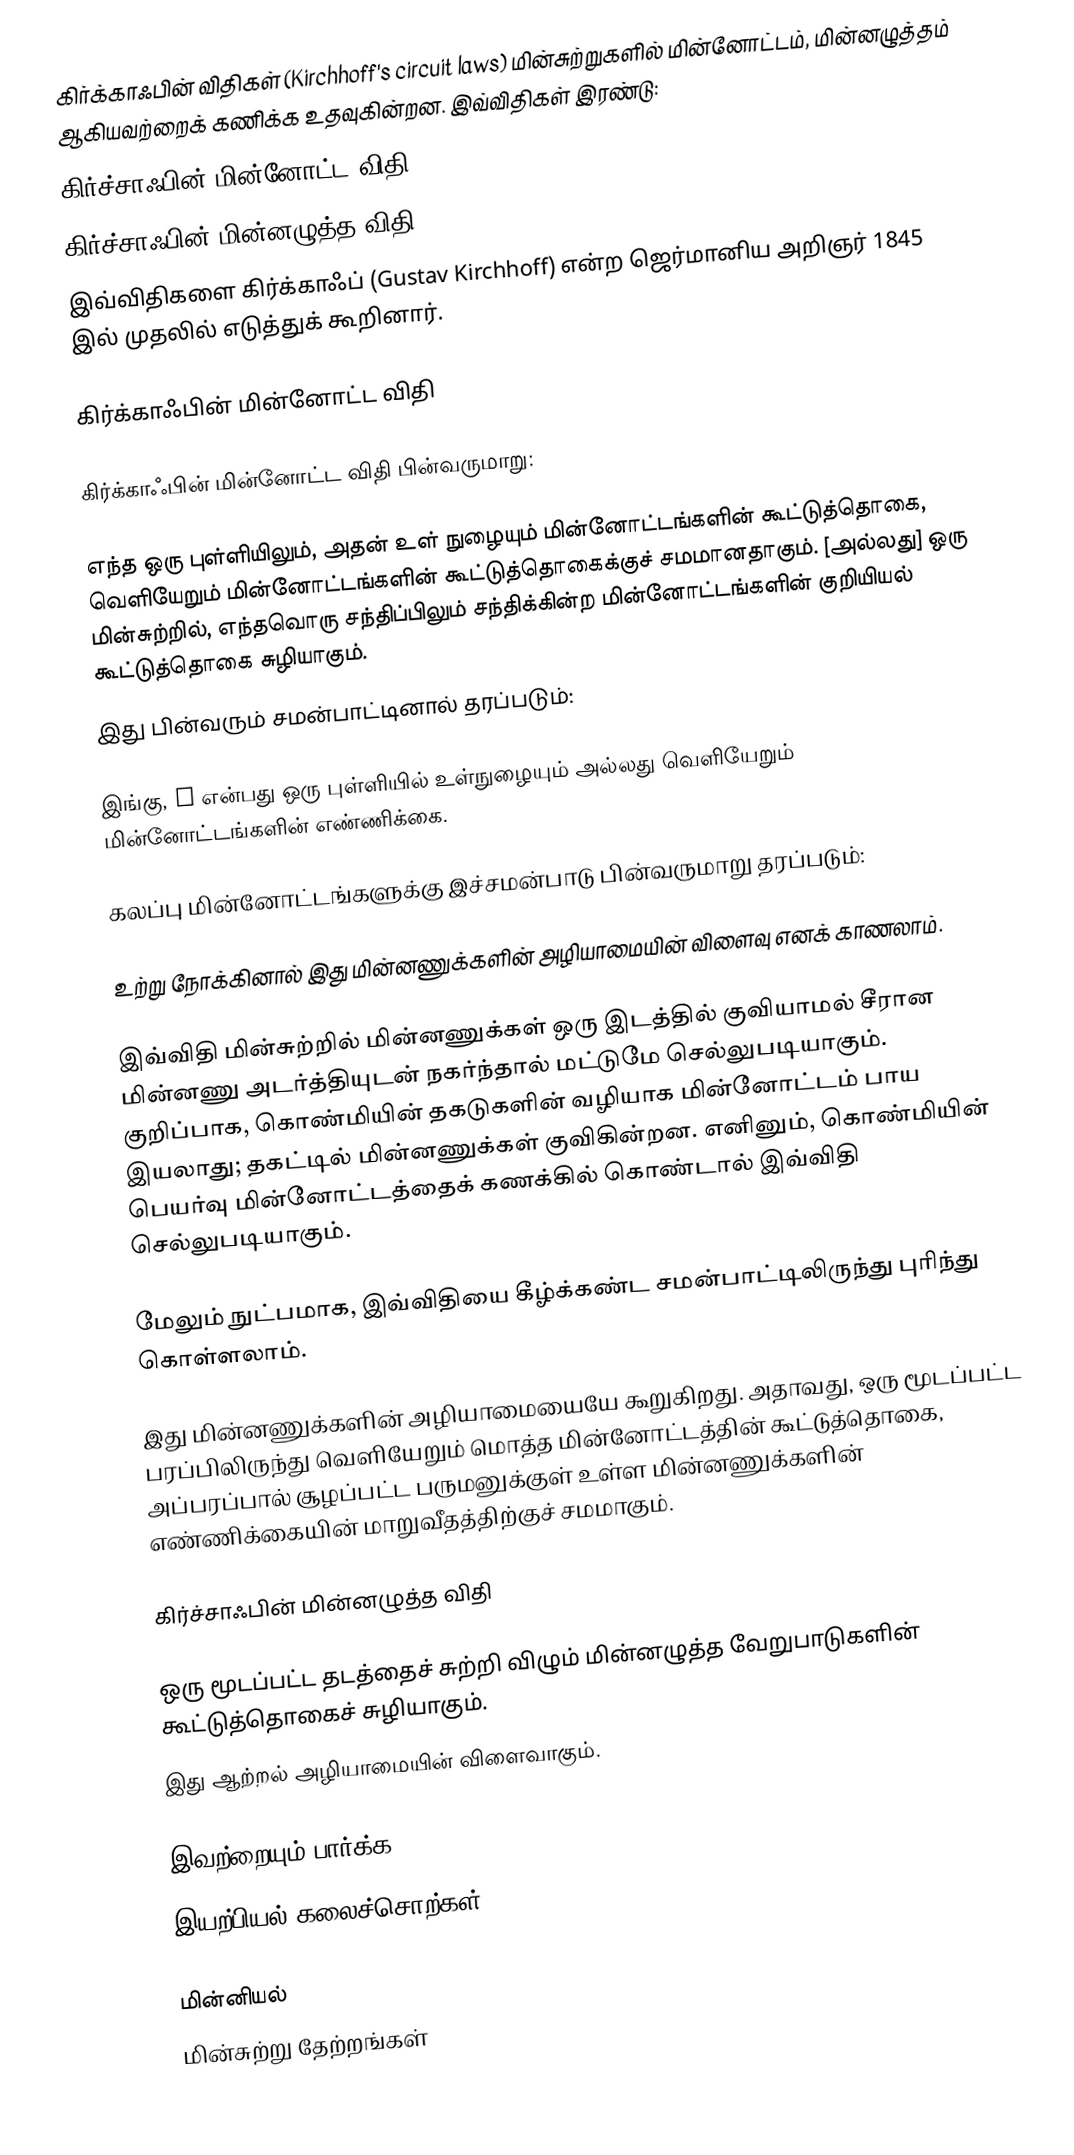
கிர்க்காஃபின் விதிகள் (Kirchhoff's circuit laws) மின்சுற்றுகளில் மின்னோட்டம், மின்னழுத்தம் ஆகியவற்றைக் கணிக்க உதவுகின்றன. இவ்விதிகள் இரண்டு:
 கிர்ச்சாஃபின் மின்னோட்ட விதி
 கிர்ச்சாஃபின் மின்னழுத்த விதி
இவ்விதிகளை கிர்க்காஃப் (Gustav Kirchhoff) என்ற ஜெர்மானிய அறிஞர் 1845 இல் முதலில் எடுத்துக் கூறினார்.

கிர்க்காஃபின் மின்னோட்ட விதி

கிர்க்காஃபின் மின்னோட்ட விதி பின்வருமாறு:

எந்த ஒரு புள்ளியிலும், அதன் உள் நுழையும் மின்னோட்டங்களின் கூட்டுத்தொகை, வெளியேறும் மின்னோட்டங்களின் கூட்டுத்தொகைக்குச் சமமானதாகும். [அல்லது] ஒரு மின்சுற்றில், எந்தவொரு சந்திப்பிலும் சந்திக்கின்ற மின்னோட்டங்களின் குறியியல் கூட்டுத்தொகை சுழியாகும்.
இது பின்வரும் சமன்பாட்டினால் தரப்படும்:

இங்கு, n என்பது ஒரு புள்ளியில் உள்நுழையும் அல்லது வெளியேறும் மின்னோட்டங்களின் எண்ணிக்கை.

கலப்பு மின்னோட்டங்களுக்கு இச்சமன்பாடு பின்வருமாறு தரப்படும்:

உற்று நோக்கினால் இது மின்னணுக்களின் அழியாமையின் விளைவு எனக் காணலாம்.

இவ்விதி மின்சுற்றில் மின்னணுக்கள் ஒரு இடத்தில் குவியாமல் சீரான மின்னணு அடர்த்தியுடன் நகர்ந்தால் மட்டுமே செல்லுபடியாகும். குறிப்பாக, கொண்மியின் தகடுகளின் வழியாக மின்னோட்டம் பாய இயலாது; தகட்டில் மின்னணுக்கள் குவிகின்றன. எனினும், கொண்மியின் பெயர்வு மின்னோட்டத்தைக் கணக்கில் கொண்டால் இவ்விதி செல்லுபடியாகும்.

மேலும் நுட்பமாக, இவ்விதியை கீழ்க்கண்ட சமன்பாட்டிலிருந்து புரிந்து கொள்ளலாம்.

இது மின்னணுக்களின் அழியாமையையே கூறுகிறது. அதாவது, ஒரு மூடப்பட்ட பரப்பிலிருந்து வெளியேறும் மொத்த மின்னோட்டத்தின் கூட்டுத்தொகை, அப்பரப்பால் சூழப்பட்ட பருமனுக்குள் உள்ள மின்னணுக்களின் எண்ணிக்கையின் மாறுவீதத்திற்குச் சமமாகும்.

கிர்ச்சாஃபின் மின்னழுத்த விதி

ஒரு மூடப்பட்ட தடத்தைச் சுற்றி விழும் மின்னழுத்த வேறுபாடுகளின் கூட்டுத்தொகைச் சுழியாகும்.
இது ஆற்றல் அழியாமையின் விளைவாகும்.

இவற்றையும் பார்க்க
 இயற்பியல் கலைச்சொற்கள்

மின்னியல்
மின்சுற்று தேற்றங்கள்